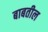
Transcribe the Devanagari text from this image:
बाबतील